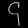
Digit: ၄